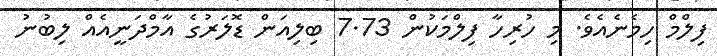
ފިލްމް ހިމެނެއެވެ. މި ހުރިހާ ފިލްމަކުން 7.73 ބިލިއަން ޑޮލަރުގެ އާމްދަނީއެއް ލިބުނު